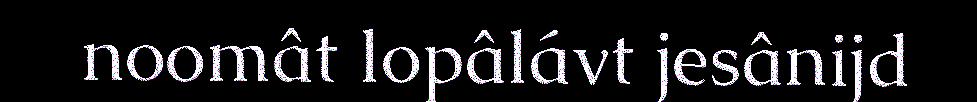
noomât lopâlávt jesânijd